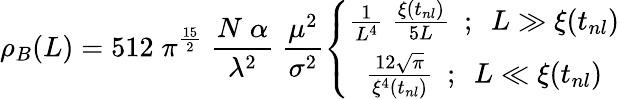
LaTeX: \rho_{B}(L)=512\; \pi^{\frac{15}{2}}\; \frac{N\; \alpha}{\lambda^{2}}\; \frac{\mu^{2}}{\sigma^{2}}\left\{ \begin{array}{c}{{\frac{1}{L^{4}}\; \frac{\xi(t_{nl})}{5L}~~;~~L\gg\xi(t_{nl})}}\\ {{\frac{12\sqrt{\pi}}{\xi^{4}(t_{nl})}~~;~~L\ll\xi(t_{nl})}}\end{array}\right.